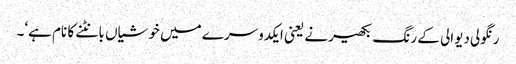
رنگولی دیوالی کے رنگ بکھیرنے یعنی ایکدوسرے میں خوشیاں بانٹنے کا نام ہے‘۔